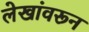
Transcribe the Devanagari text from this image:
लेखांवरून